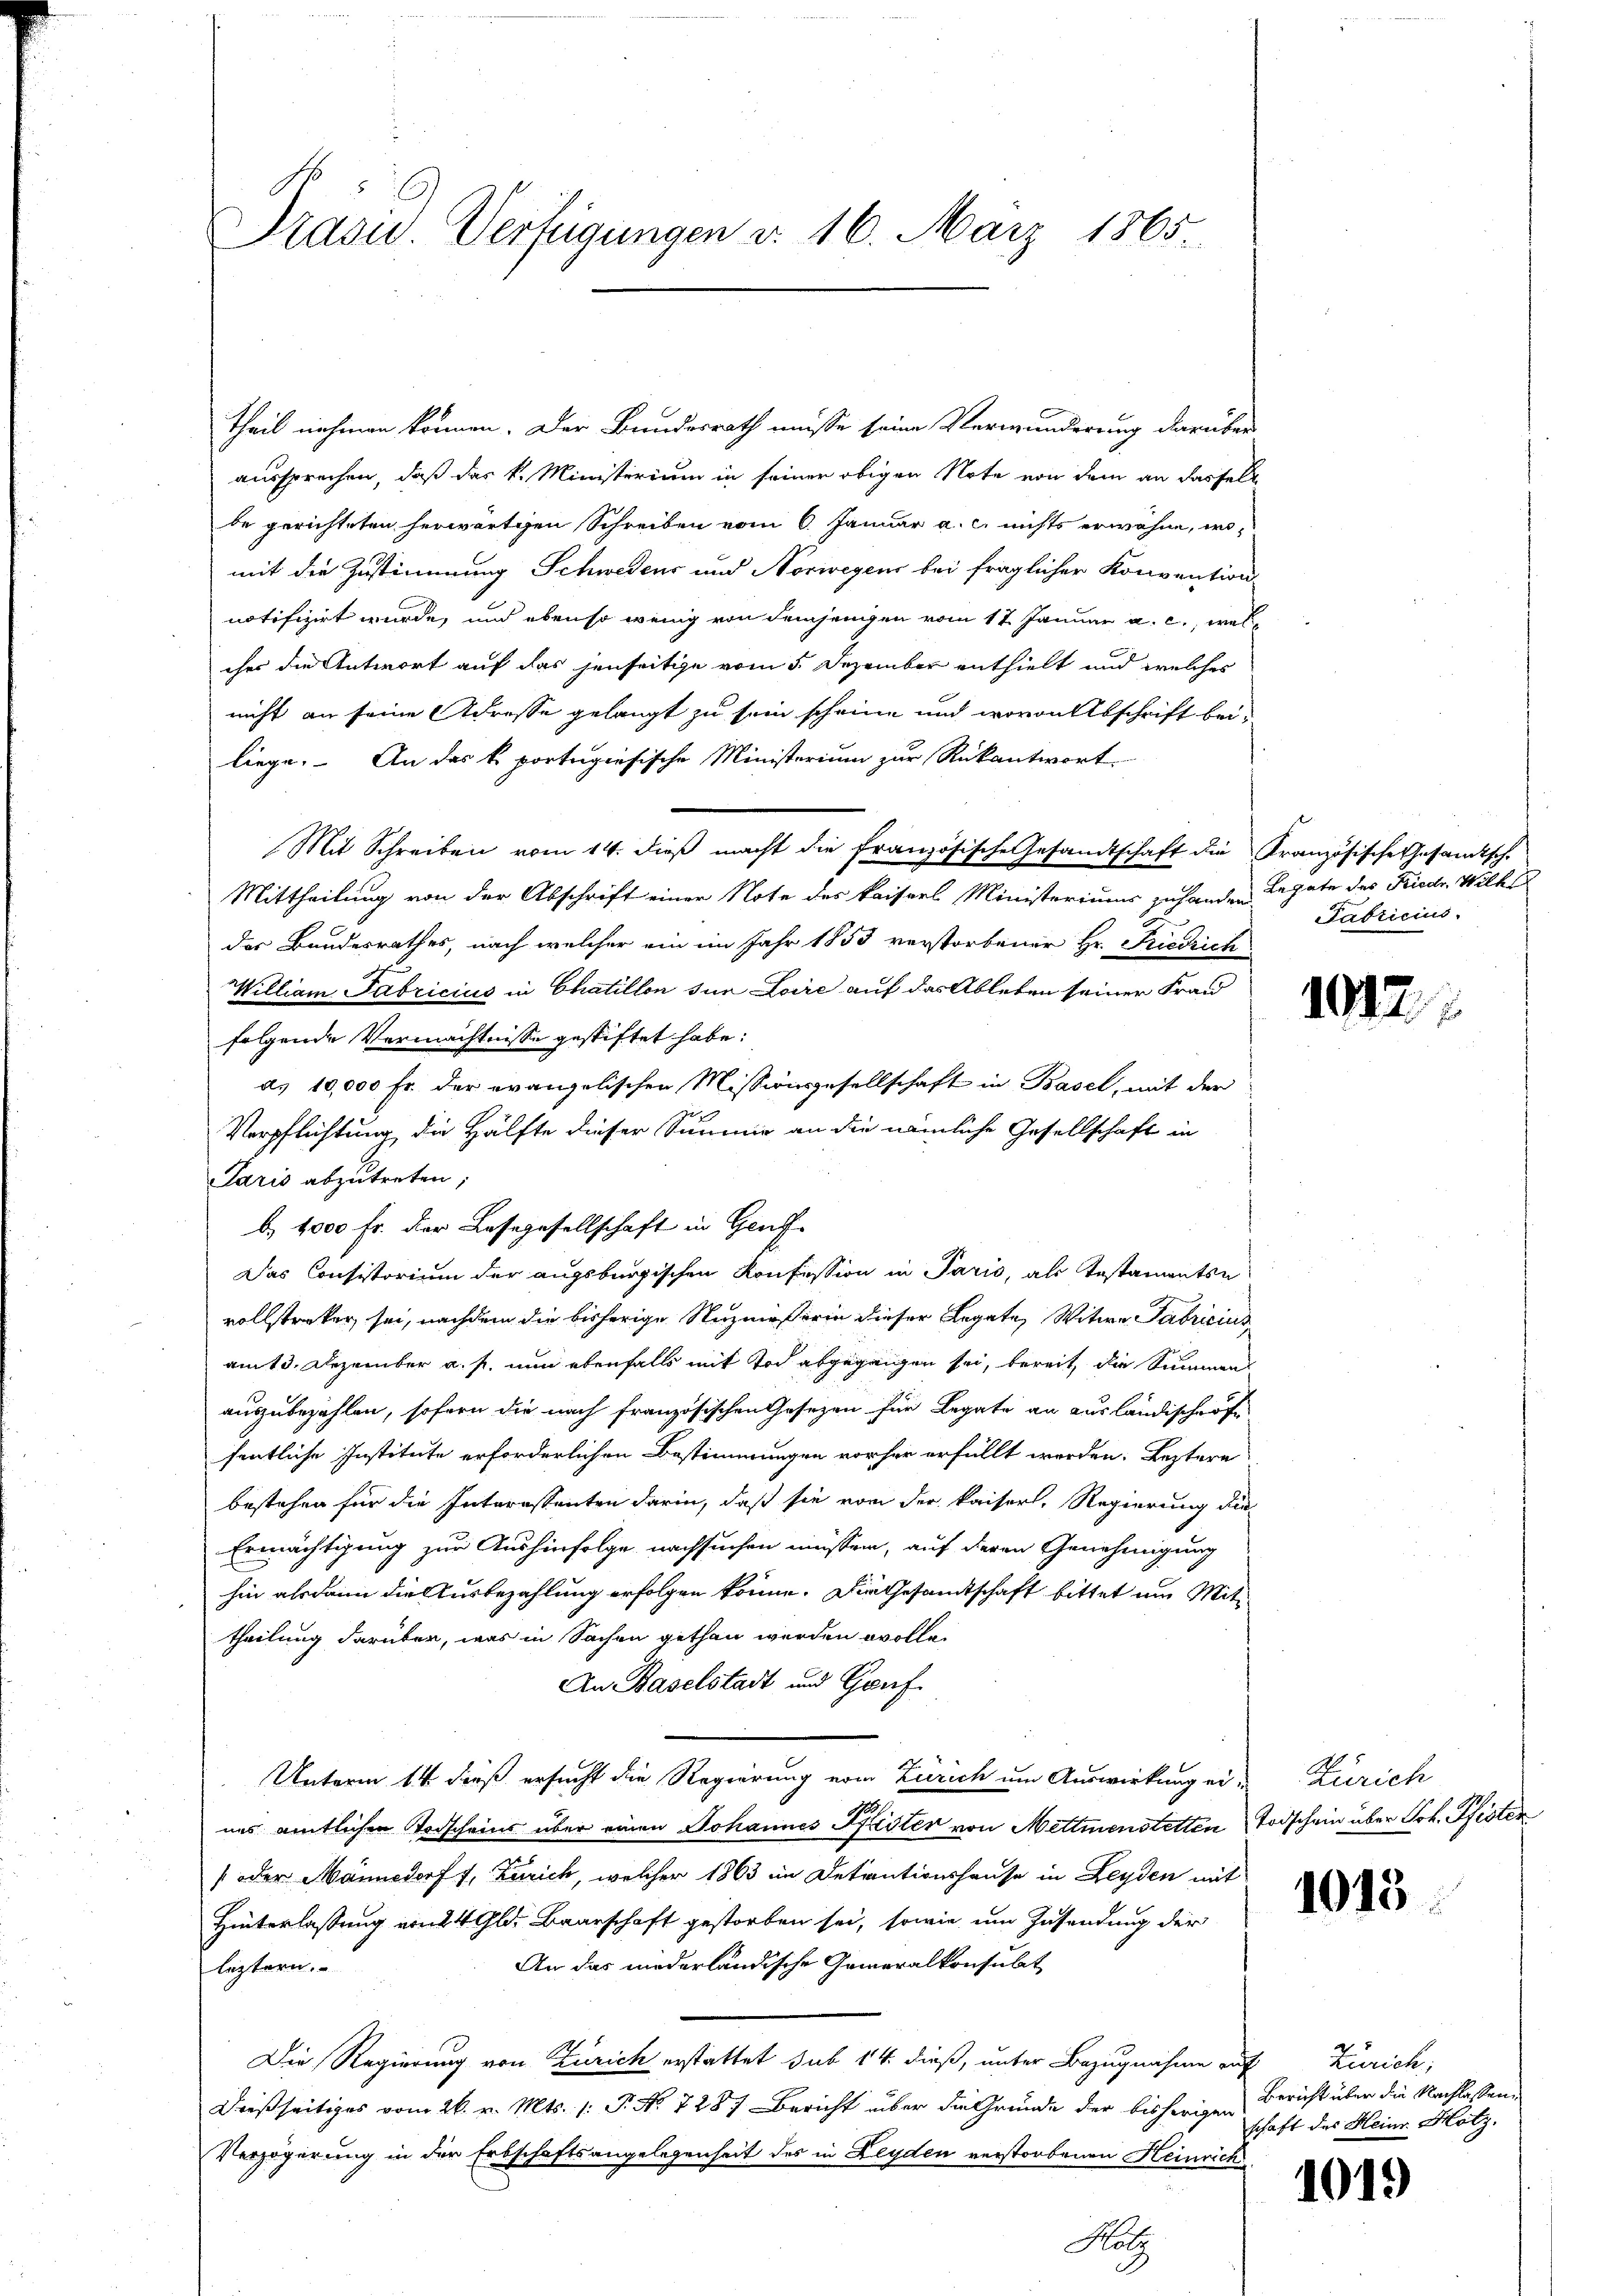
Srasu. Verfügungen d. 16. März 1865.

Theil nehmen können. Der Bundesrath müsse seine Verwunderung darüber
aussprechen, daß das k. Ministerium in seiner obigen Note von dem an dasfels
be gerichteten herwärtigen Schreiben vom 6. Januar a. c. nichts erwähne, womit die Zustimmung Schwedens und Norwegens bei fraglicher Konvention
notifizirt wurde, und ebenso wenig von demjenigen vom 17. Januar a. c., welches die Antwort auf das jenseitige vom 5. Dezember enthielt und welches
nicht an seine Adresse gelangt zu sein scheine und wovon Abschrift bei-
liege. An das k. portepiesische Ministerium zur Rükantwort.
Mit Schreiben vom 14. dieß macht die Französische Gesandtschaft die Französische Gesandtsch
Mittheilung von der Abschrift einer Note des Kaiserl Ministeriums zuhanden Legate des Friedr. Wilh
des Bundesrathes, nach welcher ein im Jahr 1853 verstorbener Hr. Friedrich
William Fabricius in Chatillon zum Loire auf das Ableben seiner Frau
folgende Vermächtnisse gestiftet habe:
ds 10,000 Fr. der evangelischen Missionsgesellschaft in Basel, mit der
Verpflichtung die Hälfte dieser Summe an die nämliche Gesellschaft in
Paris abzutreten;
b. 1000 fr. der Lassegesellschaft in Genf
Das Consistorium der augsburgischen Konfession in Paris, als Testamenten
vollstreker sei, nachdem die bisherige Nuznießerin dieser Legate, Witwe Fabricius
am 13. Dezember a. p. nun ebenfalls mit Tod abgegangen sei, bereit, die Summens
auszubezahlen, sofern die nach französischen Gesezen für Legate an ausländischer fr
fentliche Institute erforderlichen Bestimmungen vorher erfüllt werden. Leztere
bestehen für die Interessenten darin, daß sie von der kaiserl. Regierung die¬
Ermächtigung zur Aushinfolge nachsuchen müssen, auf deren Genehmigung
hin alsdann die Ausbezahlung erfolgen könne. Die Gesamtschaft bittet um Mittheilung darüber, was in Sachen gethan werden wolle.
An Baselstadt und Genf.
Unterm 14 dieß ersucht die Regierung vom Zürich um Auswirkung ei-Zürich
nes amtlichen Todscheins über einen Johannes Pfister von Mettmenstetten Todschein über Joh. Pfister
[oder Männedorf 1, Zürich, welcher 1863 in Detentionshause in Leyden mit
Hinterlassung von 14 Gld. Baarschaft gestorben sei, sowie um Zusendung der
An das niederländische Generalkonsulat
leztern.
Die Regierung von Zürich erstattet sub 14 dieß, unter Bezugnahme auf Zürich,
Dießseitiges vom 26. v. Mts. (: P. No 728. Bericht über die Grunde der bisherigen
Verzögerung in der Erbschaftsangelegenheit des in Leyden verstorbenen Heinrich
Holz

Pabricius.

1912.

1015

Bericht über die Nachlassen.
schaft des Heine Hotz,

1019